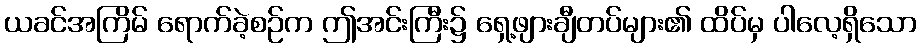
ယခင်အကြိမ် ရောက်ခဲ့စဉ်က ဤအင်းကြီး၌ ရှေ့ဖျားချီတပ်များ၏ ထိပ်မှ ပါလေ့ရှိသော